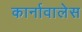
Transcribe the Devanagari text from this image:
कार्नावालेस